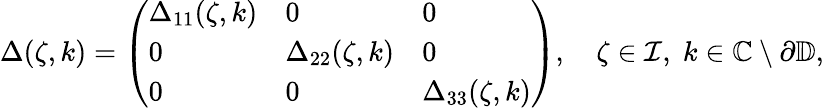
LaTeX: \begin{array}{r}{\Delta(\zeta,k)=\left(\begin{array}{lll}{\Delta_{11}(\zeta,k)}&{0}&{0}\\ {0}&{\Delta_{22}(\zeta,k)}&{0}\\ {0}&{0}&{\Delta_{33}(\zeta,k)}\end{array}\right),\quad\zeta\in\mathcal{I},\; k\in\mathbb{C}\setminus\partial{\mathbb D},}\end{array}